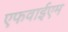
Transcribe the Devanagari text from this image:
एफवाईएम